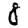
Digit: 8